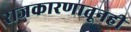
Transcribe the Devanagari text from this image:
राजकारणातूनही